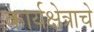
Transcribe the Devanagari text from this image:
कार्यक्षेत्राचे